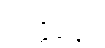
ဝတ္တိနော